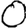
Digit: 0